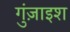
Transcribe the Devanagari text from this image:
गुंज़ाइश